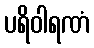
ပရိဝါရဏံ